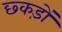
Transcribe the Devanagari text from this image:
छ्कड़ों